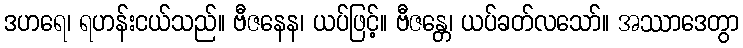
ဒဟရေ၊ ရဟန်းငယ်သည်။ ဗီဇနေန၊ ယပ်ဖြင့်။ ဗီဇန္တေ၊ ယပ်ခတ်လသော်။ အဿာဒေတွာ